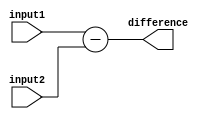
module subtractor (
    input [7:0] input1,
    input [7:0] input2,
    output reg [7:0] difference
);

assign difference = input1 - input2;

endmodule